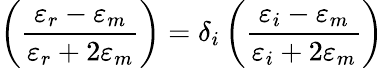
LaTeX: \left(\frac{\varepsilon_{r}-\varepsilon_{m}}{\varepsilon_{r}+2\varepsilon_{m}}\right)=\delta_{i}\left(\frac{\varepsilon_{i}-\varepsilon_{m}}{\varepsilon_{i}+2\varepsilon_{m}}\right)